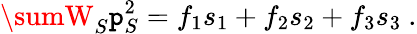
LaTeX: \sumW_{S}\mathtt{p}_{S}^{2}=f_{1}s_{1}+f_{2}s_{2}+f_{3}s_{3}\ .